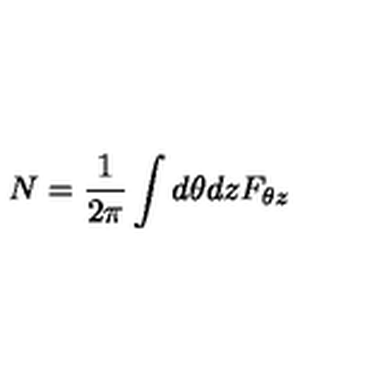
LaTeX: N = \frac { 1 } { 2 \pi } \int d \theta d z F _ { \theta z }